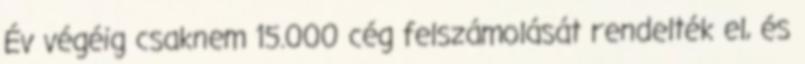
Év végéig csaknem 15.000 cég felszámolását rendelték el, és